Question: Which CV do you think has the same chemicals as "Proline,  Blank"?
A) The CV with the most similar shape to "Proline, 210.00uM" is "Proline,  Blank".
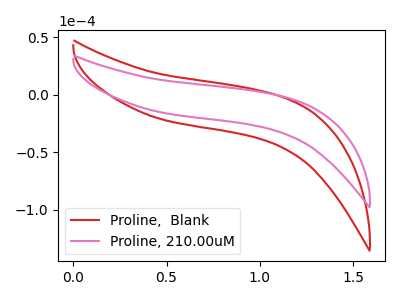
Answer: <think>The red curve "Proline,  Blank" has no peaks. The pink curve "Proline, 210.00uM" has no peaks.
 Neither "Proline,  Blank" or "Proline, 210.00uM" have any peaks.</think>
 <answer>A) The CV with the most similar shape to "Proline, 210.00uM" is "Proline,  Blank".</answer>
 <eval>A</eval>